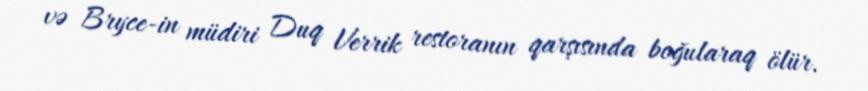
və Bryce-in müdiri Duq Verrik restoranın qarşısında boğularaq ölür.